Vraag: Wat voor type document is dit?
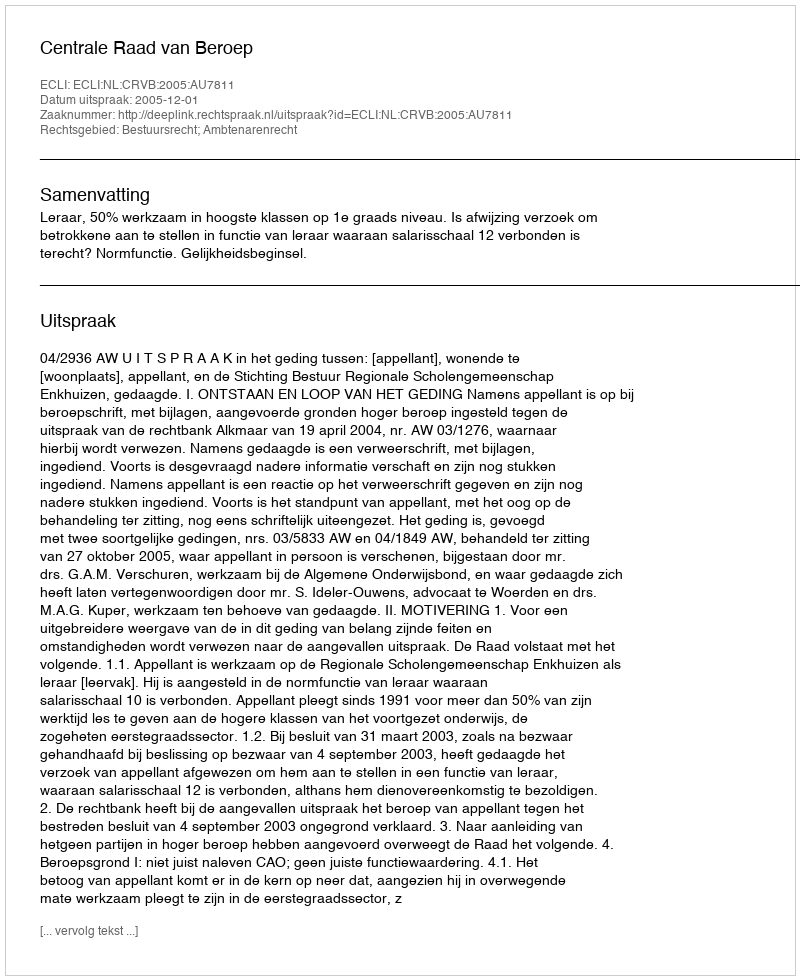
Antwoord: Uitspraak